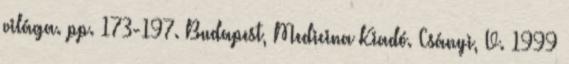
világa. pp. 173-197. Budapest, Medicina Kiadó. Csányi, V. 1999